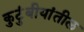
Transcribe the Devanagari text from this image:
कुटुंबीयांतील